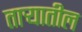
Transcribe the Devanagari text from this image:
तार्‍यातील